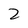
Character: 2